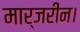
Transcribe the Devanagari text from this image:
मार्जरीन।